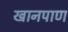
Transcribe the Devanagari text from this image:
खानपाण